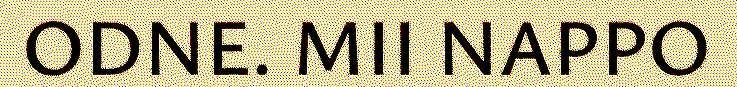
ODNE. MII NAPPO